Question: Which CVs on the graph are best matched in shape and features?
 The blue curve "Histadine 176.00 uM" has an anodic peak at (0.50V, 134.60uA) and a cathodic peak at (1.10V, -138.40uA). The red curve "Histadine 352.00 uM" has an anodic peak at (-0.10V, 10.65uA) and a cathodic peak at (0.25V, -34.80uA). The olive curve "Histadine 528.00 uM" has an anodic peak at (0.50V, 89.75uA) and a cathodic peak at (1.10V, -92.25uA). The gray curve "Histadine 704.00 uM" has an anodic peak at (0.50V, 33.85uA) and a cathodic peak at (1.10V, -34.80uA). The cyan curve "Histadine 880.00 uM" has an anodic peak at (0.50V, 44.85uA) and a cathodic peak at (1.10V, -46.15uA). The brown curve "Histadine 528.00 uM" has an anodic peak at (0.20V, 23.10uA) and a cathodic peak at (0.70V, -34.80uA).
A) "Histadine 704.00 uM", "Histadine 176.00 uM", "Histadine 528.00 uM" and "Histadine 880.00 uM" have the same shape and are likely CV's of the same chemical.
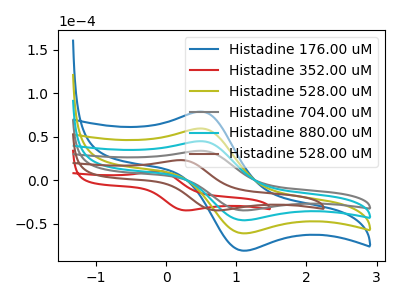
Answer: <think>"Histadine 176.00 uM" and "Histadine 352.00 uM" have at least one peak that do not match. All the peaks in "Histadine 176.00 uM" have a peak in "Histadine 528.00 uM" at the same potential. Every peak in "Histadine 176.00 uM" is higher than every peak in "Histadine 528.00 uM". All the peaks in "Histadine 176.00 uM" have a peak in "Histadine 704.00 uM" at the same potential. Every peak in "Histadine 176.00 uM" is higher than every peak in "Histadine 704.00 uM". All the peaks in "Histadine 176.00 uM" have a peak in "Histadine 880.00 uM" at the same potential. Every peak in "Histadine 176.00 uM" is higher than every peak in "Histadine 880.00 uM". "Histadine 176.00 uM" and "Histadine 528.00 uM" have at least one peak that do not match. "Histadine 352.00 uM" and "Histadine 528.00 uM" have at least one peak that do not match. "Histadine 352.00 uM" and "Histadine 704.00 uM" have at least one peak that do not match. "Histadine 352.00 uM" and "Histadine 880.00 uM" have at least one peak that do not match. "Histadine 352.00 uM" and "Histadine 528.00 uM" have at least one peak that do not match. All the peaks in "Histadine 528.00 uM" have a peak in "Histadine 704.00 uM" at the same potential. Every peak in "Histadine 528.00 uM" is higher than every peak in "Histadine 704.00 uM". All the peaks in "Histadine 528.00 uM" have a peak in "Histadine 880.00 uM" at the same potential. Every peak in "Histadine 528.00 uM" is higher than every peak in "Histadine 880.00 uM". "Histadine 528.00 uM" and "Histadine 528.00 uM" have at least one peak that do not match. All the peaks in "Histadine 704.00 uM" have a peak in "Histadine 880.00 uM" at the same potential. Every peak in "Histadine 704.00 uM" is lower than every peak in "Histadine 880.00 uM". "Histadine 704.00 uM" and "Histadine 528.00 uM" have at least one peak that do not match. "Histadine 880.00 uM" and "Histadine 528.00 uM" have at least one peak that do not match.
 </think>
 <answer>A) "Histadine 704.00 uM", "Histadine 176.00 uM", "Histadine 528.00 uM" and "Histadine 880.00 uM" have the same shape and are likely CV's of the same chemical.</answer>
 <eval>A</eval>